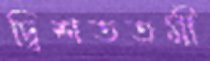
দ্বিশততমী